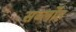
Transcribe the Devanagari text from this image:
सर्ब्लोह